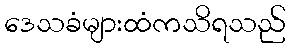
ဒေသခံများထံကသိရသည်